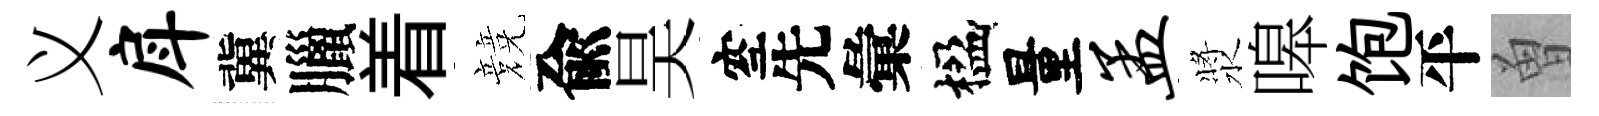
义戽冀臘着競兪昊空先彙楹量孟漿嗥饱平曽